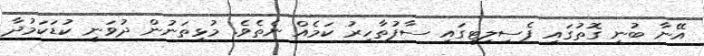
އޭނާ ބުނި ގޮތުގައި ފެސިލިޓީގައި ސާފުތާހިރު ކަމެއް ނެތެވެ. މުޅިތަނުން ދުވަނީ ކުޑަކަމުދާ